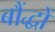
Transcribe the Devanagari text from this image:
बौंद्धों